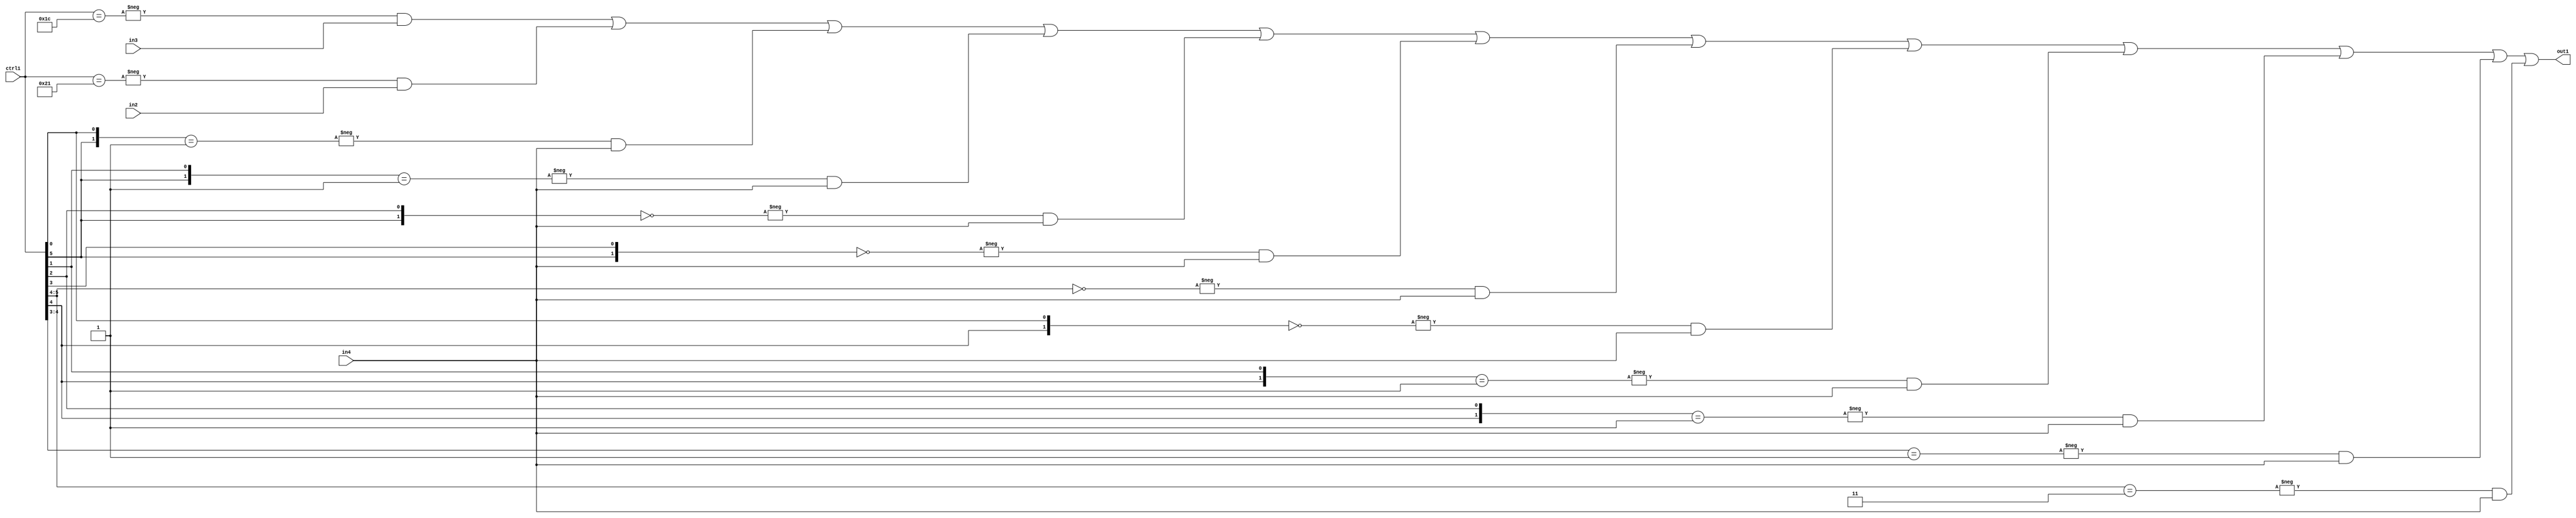
`timescale 1ps / 1ps
/*****************************************************************************
    Verilog RTL Description
    
    
    Created by: Stratus DpOpt 21.05.01 
*******************************************************************************/

module SobelFilter_N_Mux_32_3_96_4 (
	in4,
	in3,
	in2,
	ctrl1,
	out1
	); /* architecture "behavioural" */ 
input [31:0] in4;
input [8:0] in3,
	in2;
input [5:0] ctrl1;
output [31:0] out1;
wire [31:0] asc001;

assign asc001 = 
	-{ctrl1 == 6'B011100} & in3 |
	-{ctrl1 == 6'B100001} & in2 |
	-{{ctrl1[5], ctrl1[0]} == 2'B01} & in4 |
	-{{ctrl1[5], ctrl1[1]} == 2'B01} & in4 |
	-{{ctrl1[5], ctrl1[2]} == 2'B00} & in4 |
	-{{ctrl1[5], ctrl1[3]} == 2'B00} & in4 |
	-{ctrl1[5:4] == 2'B00} & in4 |
	-{{ctrl1[4], ctrl1[0]} == 2'B00} & in4 |
	-{{ctrl1[4], ctrl1[1]} == 2'B01} & in4 |
	-{{ctrl1[4], ctrl1[2]} == 2'B01} & in4 |
	-{ctrl1[4:3] == 2'B01} & in4 |
	-{ctrl1[5:4] == 2'B11} & in4 ;

assign out1 = asc001;
endmodule

/* CADENCE  vLD2Twg= : u9/ySxbfrwZIxEzHVQQV8Q== ** DO NOT EDIT THIS LINE ******/